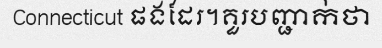
Connecticut ផងដែរ។គួរបញ្ជាក់ថា